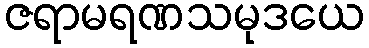
ဇရာမရဏသမုဒယေ